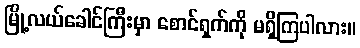
မြို့လယ်ခေါင်ကြီးမှာ စောင်ရှက်ကို မရှိကြပါလား။